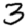
Digit: 3